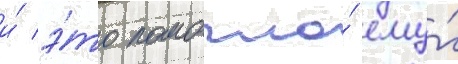
и́ э́то помогло́ ему́